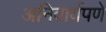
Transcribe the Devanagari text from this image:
अनिवार्यपणे